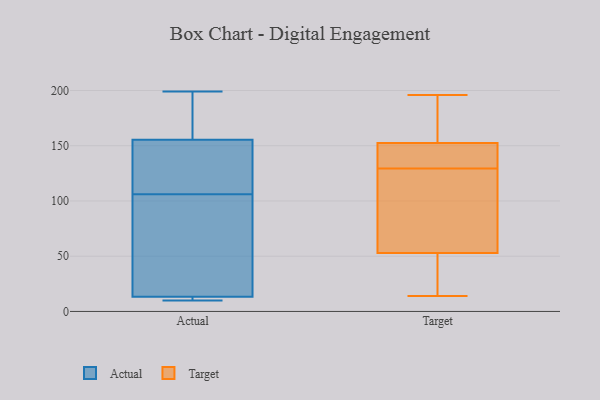
{"axis": {"x": "Tickets Resolved", "y": "Value"}, "legend": ["Actual", "Target"], "data": [{"x": "", "y": 106, "type": "Actual"}, {"x": "", "y": 87, "type": "Actual"}, {"x": "", "y": 11, "type": "Actual"}, {"x": "", "y": 10, "type": "Actual"}, {"x": "", "y": 11, "type": "Actual"}, {"x": "", "y": 122, "type": "Actual"}, {"x": "", "y": 133, "type": "Actual"}, {"x": "", "y": 193, "type": "Actual"}, {"x": "", "y": 199, "type": "Actual"}, {"x": "", "y": 163, "type": "Actual"}, {"x": "", "y": 20, "type": "Actual"}, {"x": "", "y": 125, "type": "Target"}, {"x": "", "y": 31, "type": "Target"}, {"x": "", "y": 54, "type": "Target"}, {"x": "", "y": 73, "type": "Target"}, {"x": "", "y": 154, "type": "Target"}, {"x": "", "y": 73, "type": "Target"}, {"x": "", "y": 155, "type": "Target"}, {"x": "", "y": 144, "type": "Target"}, {"x": "", "y": 134, "type": "Target"}, {"x": "", "y": 196, "type": "Target"}, {"x": "", "y": 177, "type": "Target"}, {"x": "", "y": 151, "type": "Target"}, {"x": "", "y": 52, "type": "Target"}, {"x": "", "y": 14, "type": "Target"}, {"x": "", "y": 33, "type": "Target"}, {"x": "", "y": 140, "type": "Target"}]}